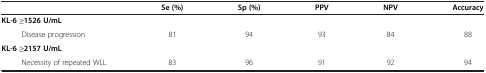
<table><thead><tr><td><b> </b></td><td><b>Se (%)</b></td><td><b>Sp (%)</b></td><td><b>PPV</b></td><td><b>NPV</b></td><td><b>Accuracy</b></td></tr></thead><tbody><tr><td><b>KL-6 ≥1526 U/mL</b></td><td> </td><td> </td><td> </td><td> </td><td> </td></tr><tr><td>Disease progression</td><td>81</td><td>94</td><td>93</td><td>84</td><td>88</td></tr><tr><td><b>KL-6 ≥2157 U/mL</b></td><td> </td><td> </td><td> </td><td> </td><td> </td></tr><tr><td>Necessity of repeated WLL</td><td>83</td><td>96</td><td>91</td><td>92</td><td>94</td></tr></tbody></table>